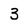
Character: 3